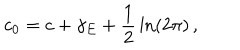
c _ { 0 } = c + \gamma _ { E } + \frac { 1 } { 2 } \, \ln ( 2 \pi ) \, ,